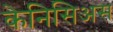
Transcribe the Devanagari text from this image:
केनिसिअस